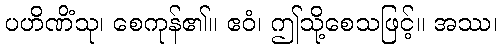
ပဟိဏိံသု၊ စေကုန်၏။ ဧဝံ၊ ဤသို့စေသဖြင့်။ အဿ၊